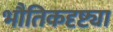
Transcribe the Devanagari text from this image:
भौतिकदृष्ट्या